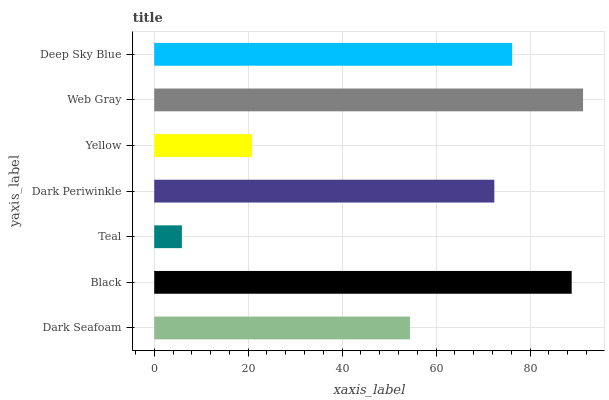
| yaxis_label | bars |
 | --- | --- |
 | Dark Seafoam | 54.4 |
 | Black | 88.8 |
 | Teal | 5.88 |
 | Dark Periwinkle | 72.4 |
 | Yellow | 20.8 |
 | Web Gray | 91.3 |
 | Deep Sky Blue | 76.2 |